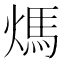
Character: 𤌬